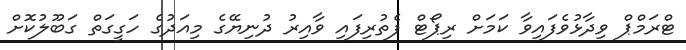
ޓްރަމްޕް ވިދާޅުވެފައިވާ ކަމަށް ރިޕޯޓް ފެތުރިފައި ވާއިރު ދުނިޔޭގެ މިއަދުގެ ހަގީގަތް ގަބޫލުކޮށް